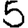
Digit: 5